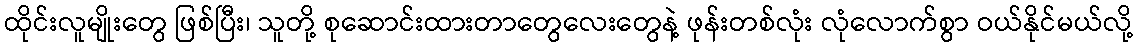
ထိုင်းလူမျိုးတွေ ဖြစ်ပြီး၊ သူတို့ စုဆောင်းထားတာတွေလေးတွေနဲ့ ဖုန်းတစ်လုံး လုံလောက်စွာ ဝယ်နိုင်မယ်လို့